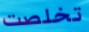
تخلصت